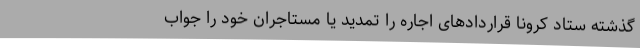
گذشته ستاد کرونا قراردادهای اجاره را تمدید یا مستاجران خود را جواب